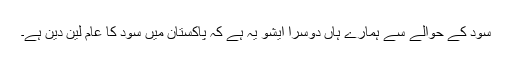
سود کے حوالے سے ہمارے ہاں دوسرا ایشو یہ ہے کہ پاکستان میں سود کا عام لین دین ہے۔